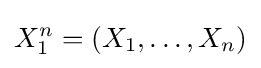
X_{1}^{n}=(X_{1},\dots ,X_{n})